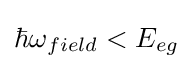
\hbar {}\omega {}_{field}<E_{eg}